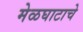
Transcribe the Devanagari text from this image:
मेळघाटाचे